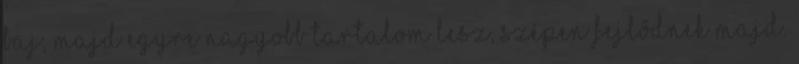
baj, majd egyre nagyobb tartalom lesz, szépen fejlődnek majd.